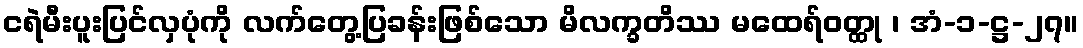
ငရဲမီးပူးပြင်လှပုံကို လက်တွေ့ပြခန်းဖြစ်သော မိလက္ခတိဿ မထေရ်ဝတ္ထု ၊ အံ-၁-ဋ္ဌ-၂၇။